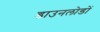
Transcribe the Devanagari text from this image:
डाउनलोडों